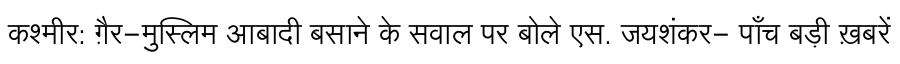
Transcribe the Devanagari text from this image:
कश्मीर: ग़ैर-मुस्लिम आबादी बसाने के सवाल पर बोले एस. जयशंकर- पाँच बड़ी ख़बरें